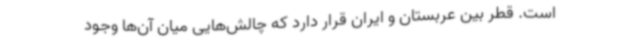
است. قطر بین عربستان و ایران قرار دارد که چالش‌هایی میان آن‌ها وجود